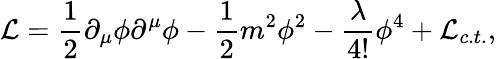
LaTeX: {\cal L}=\frac 12\partial_{\mu}\phi\partial^{\mu}\phi-\frac 12m^{2}\phi^{2}-\frac\lambda{4!}\phi^{4}+{\cal L}{_{c.t.}},